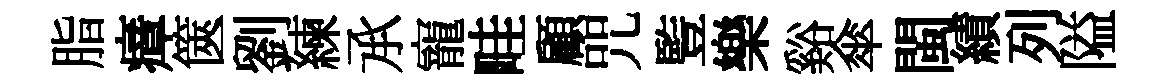
脂瘴篋劉練𠄘寵畦顧咒䜿樂谿傘閩績列隘